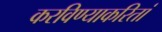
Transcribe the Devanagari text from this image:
करविण्याकरितां